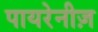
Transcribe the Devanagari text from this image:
पायरेनीज़